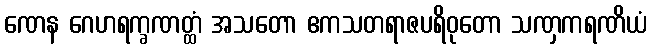
ဏေန ဂေဟရက္ခဏတ္ထံ အသတော ဧကသတရာဇပရိဝုတော သဏှကရဏိယံ